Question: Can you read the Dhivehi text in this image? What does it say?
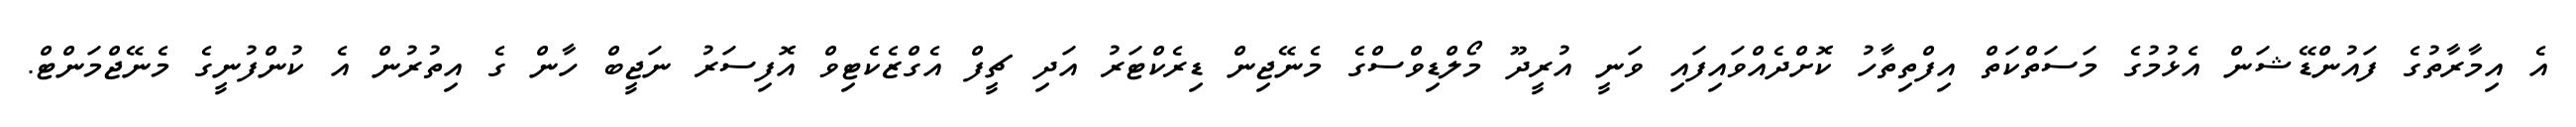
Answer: އެ އިމާރާތުގެ ފައުންޑޭޝަން އެޅުމުގެ މަސަތްކަތް އިފްތިތާހު ކޮށްދެއްވައިފައި ވަނީ އުރީދޫ މޯލްޑިވްސްގެ މެނޭޖިން ޑިރެކްޓަރު އަދި ޗީފް އެގްޒެކެޓިވް އޮފިސަރު ނަޖީބް ހާން ގެ އިތުރުން އެ ކުންފުނީގެ މެނޭޖްމަންޓް.